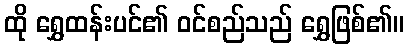
ထို ရွှေထန်းပင်၏ ဝင်စည်သည် ရွှေဖြစ်၏။